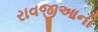
રાવજીઆની